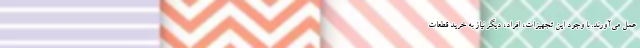
عمل می‌آورند. با وجود این تجهیزات، افراد، دیگر نیاز به خرید قطعات